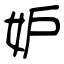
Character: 妒